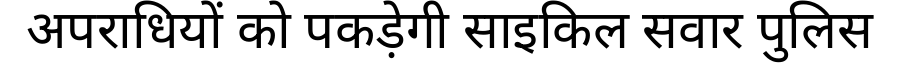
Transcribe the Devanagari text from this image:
अपराधियों को पकड़ेगी साइकिल सवार पुलिस